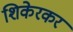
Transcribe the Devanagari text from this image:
शिकेरकर